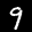
Label: 9